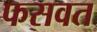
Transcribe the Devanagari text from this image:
फसवत